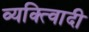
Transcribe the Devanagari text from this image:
व्यक्त्विादी